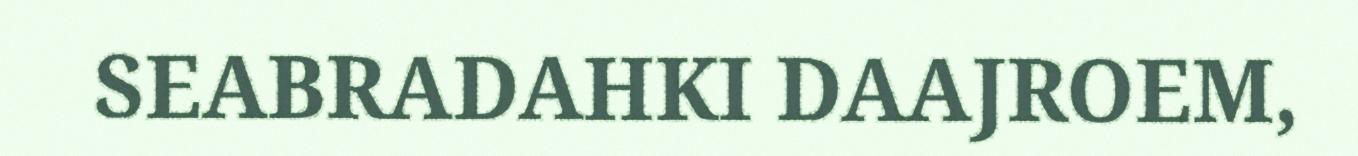
SEABRADAHKI DAAJROEM,